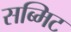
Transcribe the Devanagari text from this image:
सब्मिट